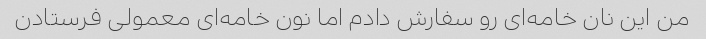
من این نان خامه‌ای رو سفارش دادم اما نون خامه‌ای معمولی فرستادن